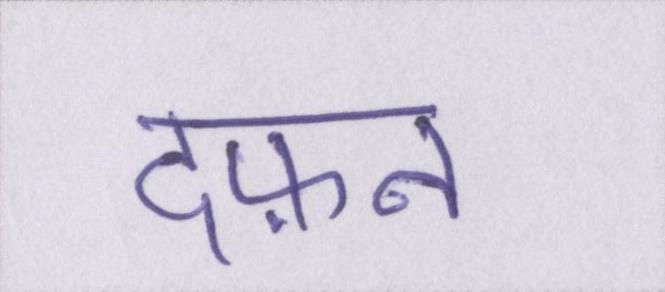
दफ़न